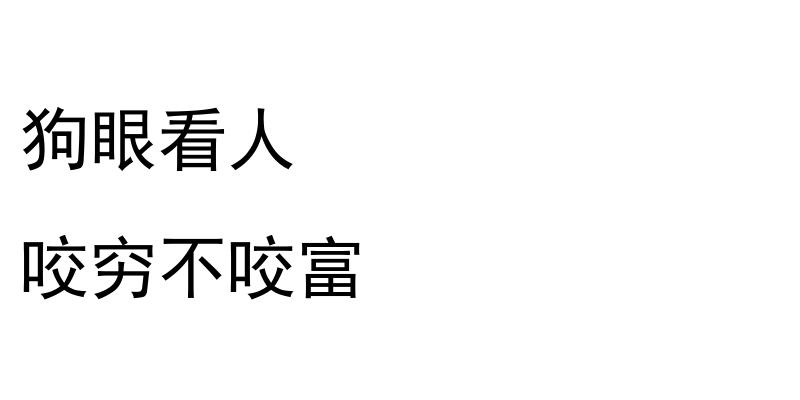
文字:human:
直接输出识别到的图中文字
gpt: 狗眼看人 咬穷不咬富